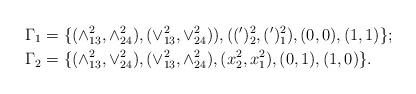
LaTeX: \begin{align*}\Gamma_{1} &=\{(\wedge^2_{13},\wedge^2_{24}),(\vee^2_{13},\vee^2_{24})), ((')^2_2,(')^2_1),(0,0), (1,1)\}; \\ \Gamma_{2}&=\{(\wedge^2_{13},\vee^2_{24}),(\vee^2_{13},\wedge^2_{24}), (x^2_2,x^2_1), (0,1),(1,0)\} .\end{align*}